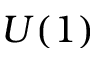
U ( 1 )